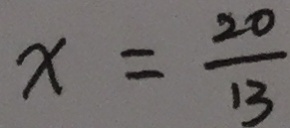
x = \frac { 2 0 } { 1 3 }